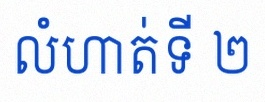
លំហាត់ទី ២